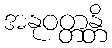
အနုဝတ္တန္တိ